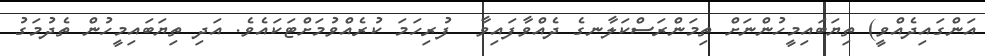
އަންގައިދެއްވީ) ތިޔަބައިމީހުންނަށް ތިމަންރަސްކަލާނގެ ދެއްވާފައިވާ  ފުރިހަމަ ކުރެއްވުމަށްޓަކައެވެ. އަދި ތިޔަބައިމީހުން ތެދުމަގު